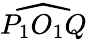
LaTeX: \widehat{P_{1}O_{1}Q}